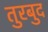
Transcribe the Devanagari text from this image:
तुरबुद